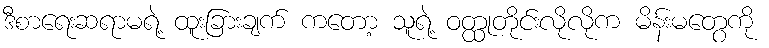
ဒီစာရေးဆရာမရဲ့ ထူးခြားချက် ကတော့ သူရဲ့ ဝတ္ထုတိုင်းလိုလိုက မိန်းမတွေကို